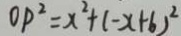
O P ^ { 2 } = x ^ { 2 } + ( - x + 6 ) ^ { 2 }